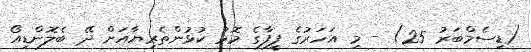
(ޑިސެމްބަރު 25) - މި އަހަރުގެ ފީފާގެ މޮޅު ކުޅުންތެރިޔާއަށް ދޭ ބެލޮންޑިއޯ